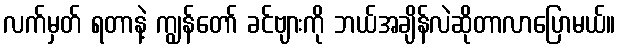
လက်မှတ် ရတာနဲ့ ကျွန်တော် ခင်ဗျားကို ဘယ်အချိန်လဲဆိုတာလာပြောမယ်။